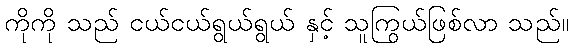
ကိုကို သည် ငယ်ငယ်ရွယ်ရွယ် နှင့် သူကြွယ်ဖြစ်လာ သည်။